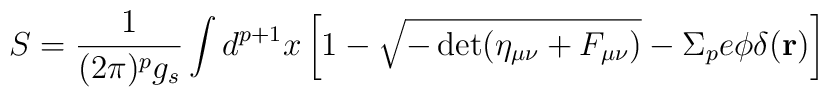
S=\frac{1}{(2\pi)^p g_s}\int d^{p+1}x\left[1-\sqrt{-\det(\eta_{\mu\nu}+F_{\mu\nu})}-\Sigma_pe\phi\delta({\bf r})\right]